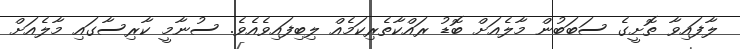
ލާފައިވާ ތޮށީގެ ސަބަބުން މާލެއަށް ބޮޑު ރައްކާތެރިކަމެއް ލިބިފައިވެއެވެ. ސުނާމީ ކާރިސާގައި މާލެއަށް